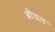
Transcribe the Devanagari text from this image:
ब्रौयल